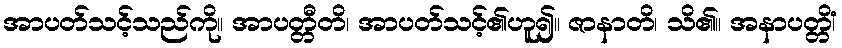
အာပတ်သင့်သည်ကို။ အာပတ္တီတိ၊ အာပတ်သင့်၏ဟူ၍။ ဇာနာတိ၊ သိ၏။ အနာပတ္တိံ၊